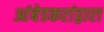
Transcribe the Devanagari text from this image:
आंबेडकरांद्वारा